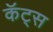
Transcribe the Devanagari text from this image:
कॅट्स